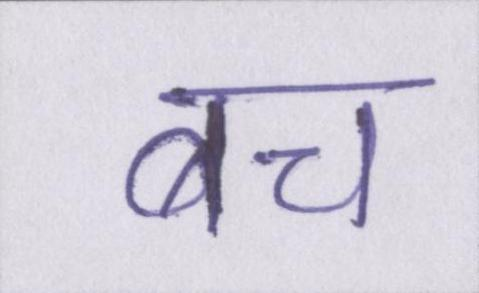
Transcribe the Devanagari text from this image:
बच